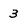
Character: 3